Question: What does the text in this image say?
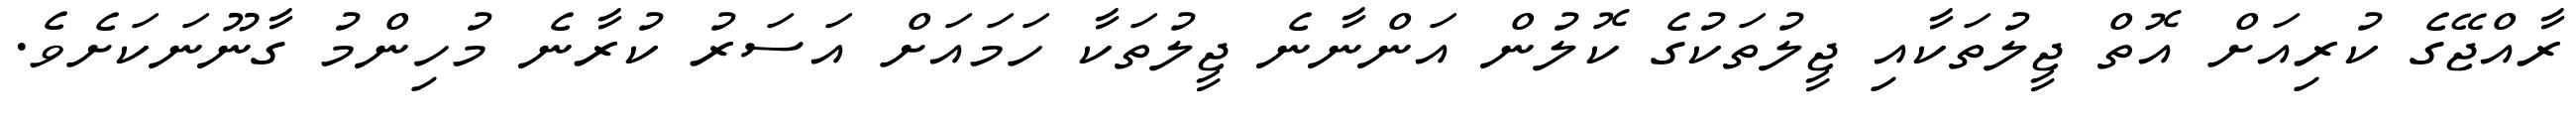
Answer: ރާއްޖޭގެ ކުރިއަށް އޮތް ޖީލުތަކާއި ޖީލުތަކުގެ ކޮލުން އަންނާނެ ޖީލުތަކާ ހަމައަށް އަސަރު ކުރާނެ މުހިންމު ގާނޫނަކަށެވެ.